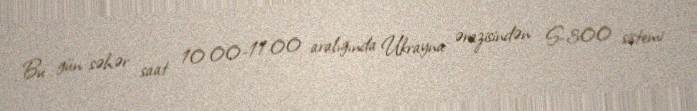
Bu gün səhər saat 10:00-11:00 aralığında Ukrayna ərazisindən S-300 sistemi